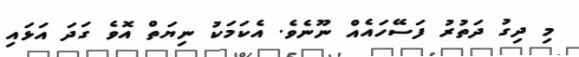
މި ދިގު ދަތުރު ފަސޭހައެއް ނޫނެވެ. އެކަމަކު ނިޔަތް އޮވެ ގަދަ އަޅައި